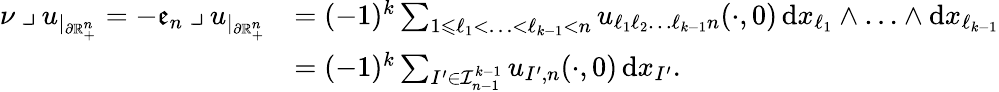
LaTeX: \begin{array}{rl}{\nu\mathbin{\lrcorner}u_{|_{\partial\mathbb{R}_{+}^{n}}}=-\mathfrak{e}_{n}\mathbin{\lrcorner}u_{|_{\partial\mathbb{R}_{+}^{n}}}}&{=(-1)^{k}\sum_{1\leqslant\ell_{1}<\ldots<\ell_{k-1}<n}u_{\ell_{1}\ell_{2}\ldots\ell_{k-1}n}(\cdot,0)\, \mathrm{d}x_{\ell_{1}}\wedge\ldots\wedge\mathrm{d}x_{\ell_{k-1}}}\\ &{=(-1)^{k}\sum_{I^{\prime}\in\mathcal{I}_{n-1}^{k-1}}u_{I^{\prime},n}(\cdot,0)\, \mathrm{d}x_{I^{\prime}}\mathrm{.~}}\end{array}